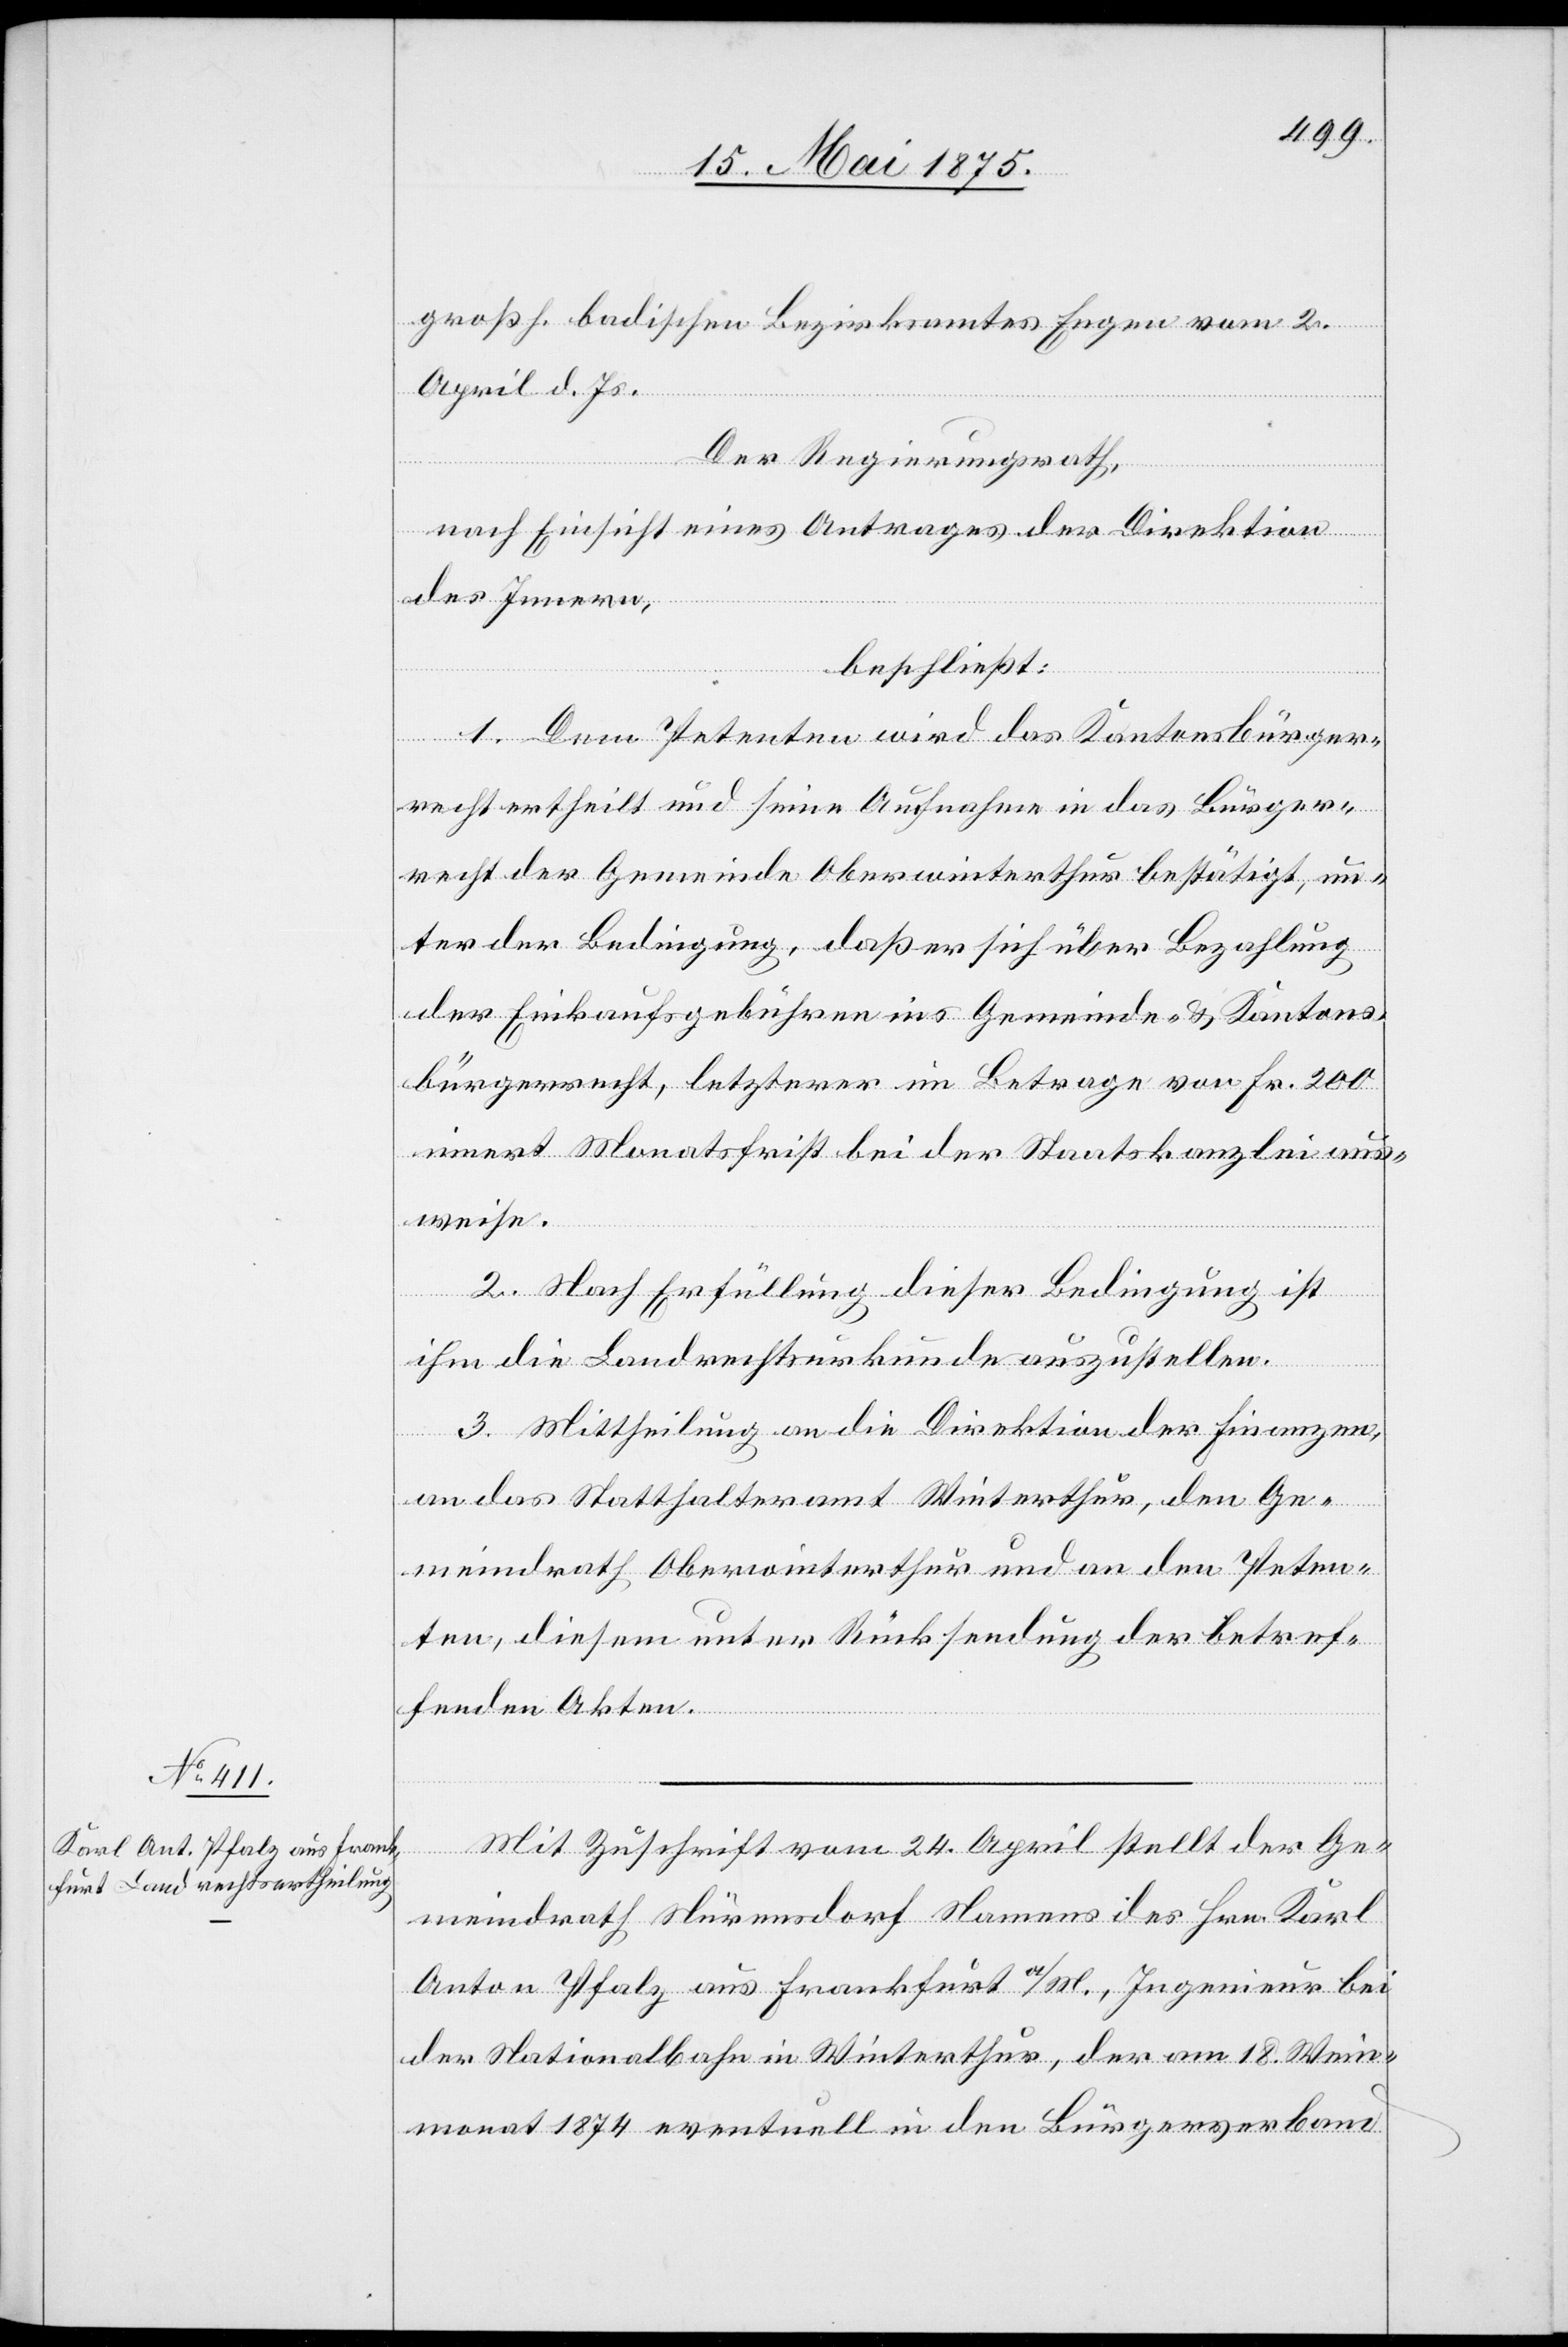
Mit Zuschrift vom 24. April stellt der Ge¬
meindrath Nürensdorf Namens des Hrn. Karl
Anton Pfalz aus Frankfurt a/M., Ingenieur bei
der Nationalbahn in Winterthur, der am 18. Wein¬
monat 1874 eventuell in den Bürgerverband